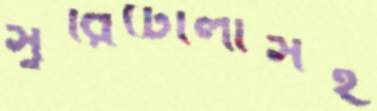
সুরিটোলাসহ